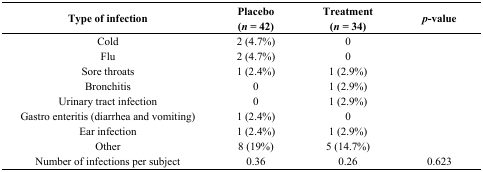
<table><thead><tr><td><b>Type of infection </b></td><td><b>Placebo (<i>n</i> = 42)</b></td><td><b>Treatment (<i>n</i> = 34)</b></td><td><b><i>p</i>-value</b></td></tr></thead><tbody><tr><td>Cold</td><td>2 (4.7%)</td><td>0</td><td></td></tr><tr><td>Flu</td><td>2 (4.7%)</td><td>0</td><td></td></tr><tr><td>Sore throats</td><td>1 (2.4%)</td><td>1 (2.9%)</td><td></td></tr><tr><td>Bronchitis</td><td>0</td><td>1 (2.9%)</td><td></td></tr><tr><td>Urinary tract infection</td><td>0</td><td>1 (2.9%)</td><td></td></tr><tr><td>Gastro enteritis (diarrhea and vomiting)</td><td>1 (2.4%)</td><td>0</td><td></td></tr><tr><td>Ear infection</td><td>1 (2.4%)</td><td>1 (2.9%)</td><td></td></tr><tr><td>Other</td><td>8 (19%)</td><td>5 (14.7%)</td><td></td></tr><tr><td>Number of infections per subject</td><td>0.36</td><td>0.26</td><td>0.623</td></tr></tbody></table>